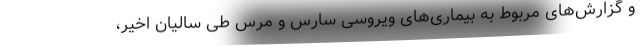
و گزارش‌های مربوط به بیماری‌های ویروسی سارس و مرس طی سالیان اخیر،